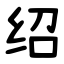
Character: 绍